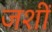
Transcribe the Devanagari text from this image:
जशीं